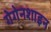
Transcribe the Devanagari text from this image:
गेगेनशाइन